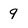
Character: 9